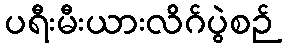
ပရီးမီးယားလိဂ်ပွဲစဉ်